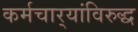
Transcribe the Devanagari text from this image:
कर्मचार्‍यांविरुद्ध